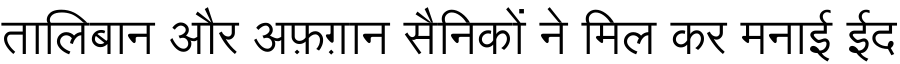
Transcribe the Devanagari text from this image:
तालिबान और अफ़ग़ान सैनिकों ने मिल कर मनाई ईद